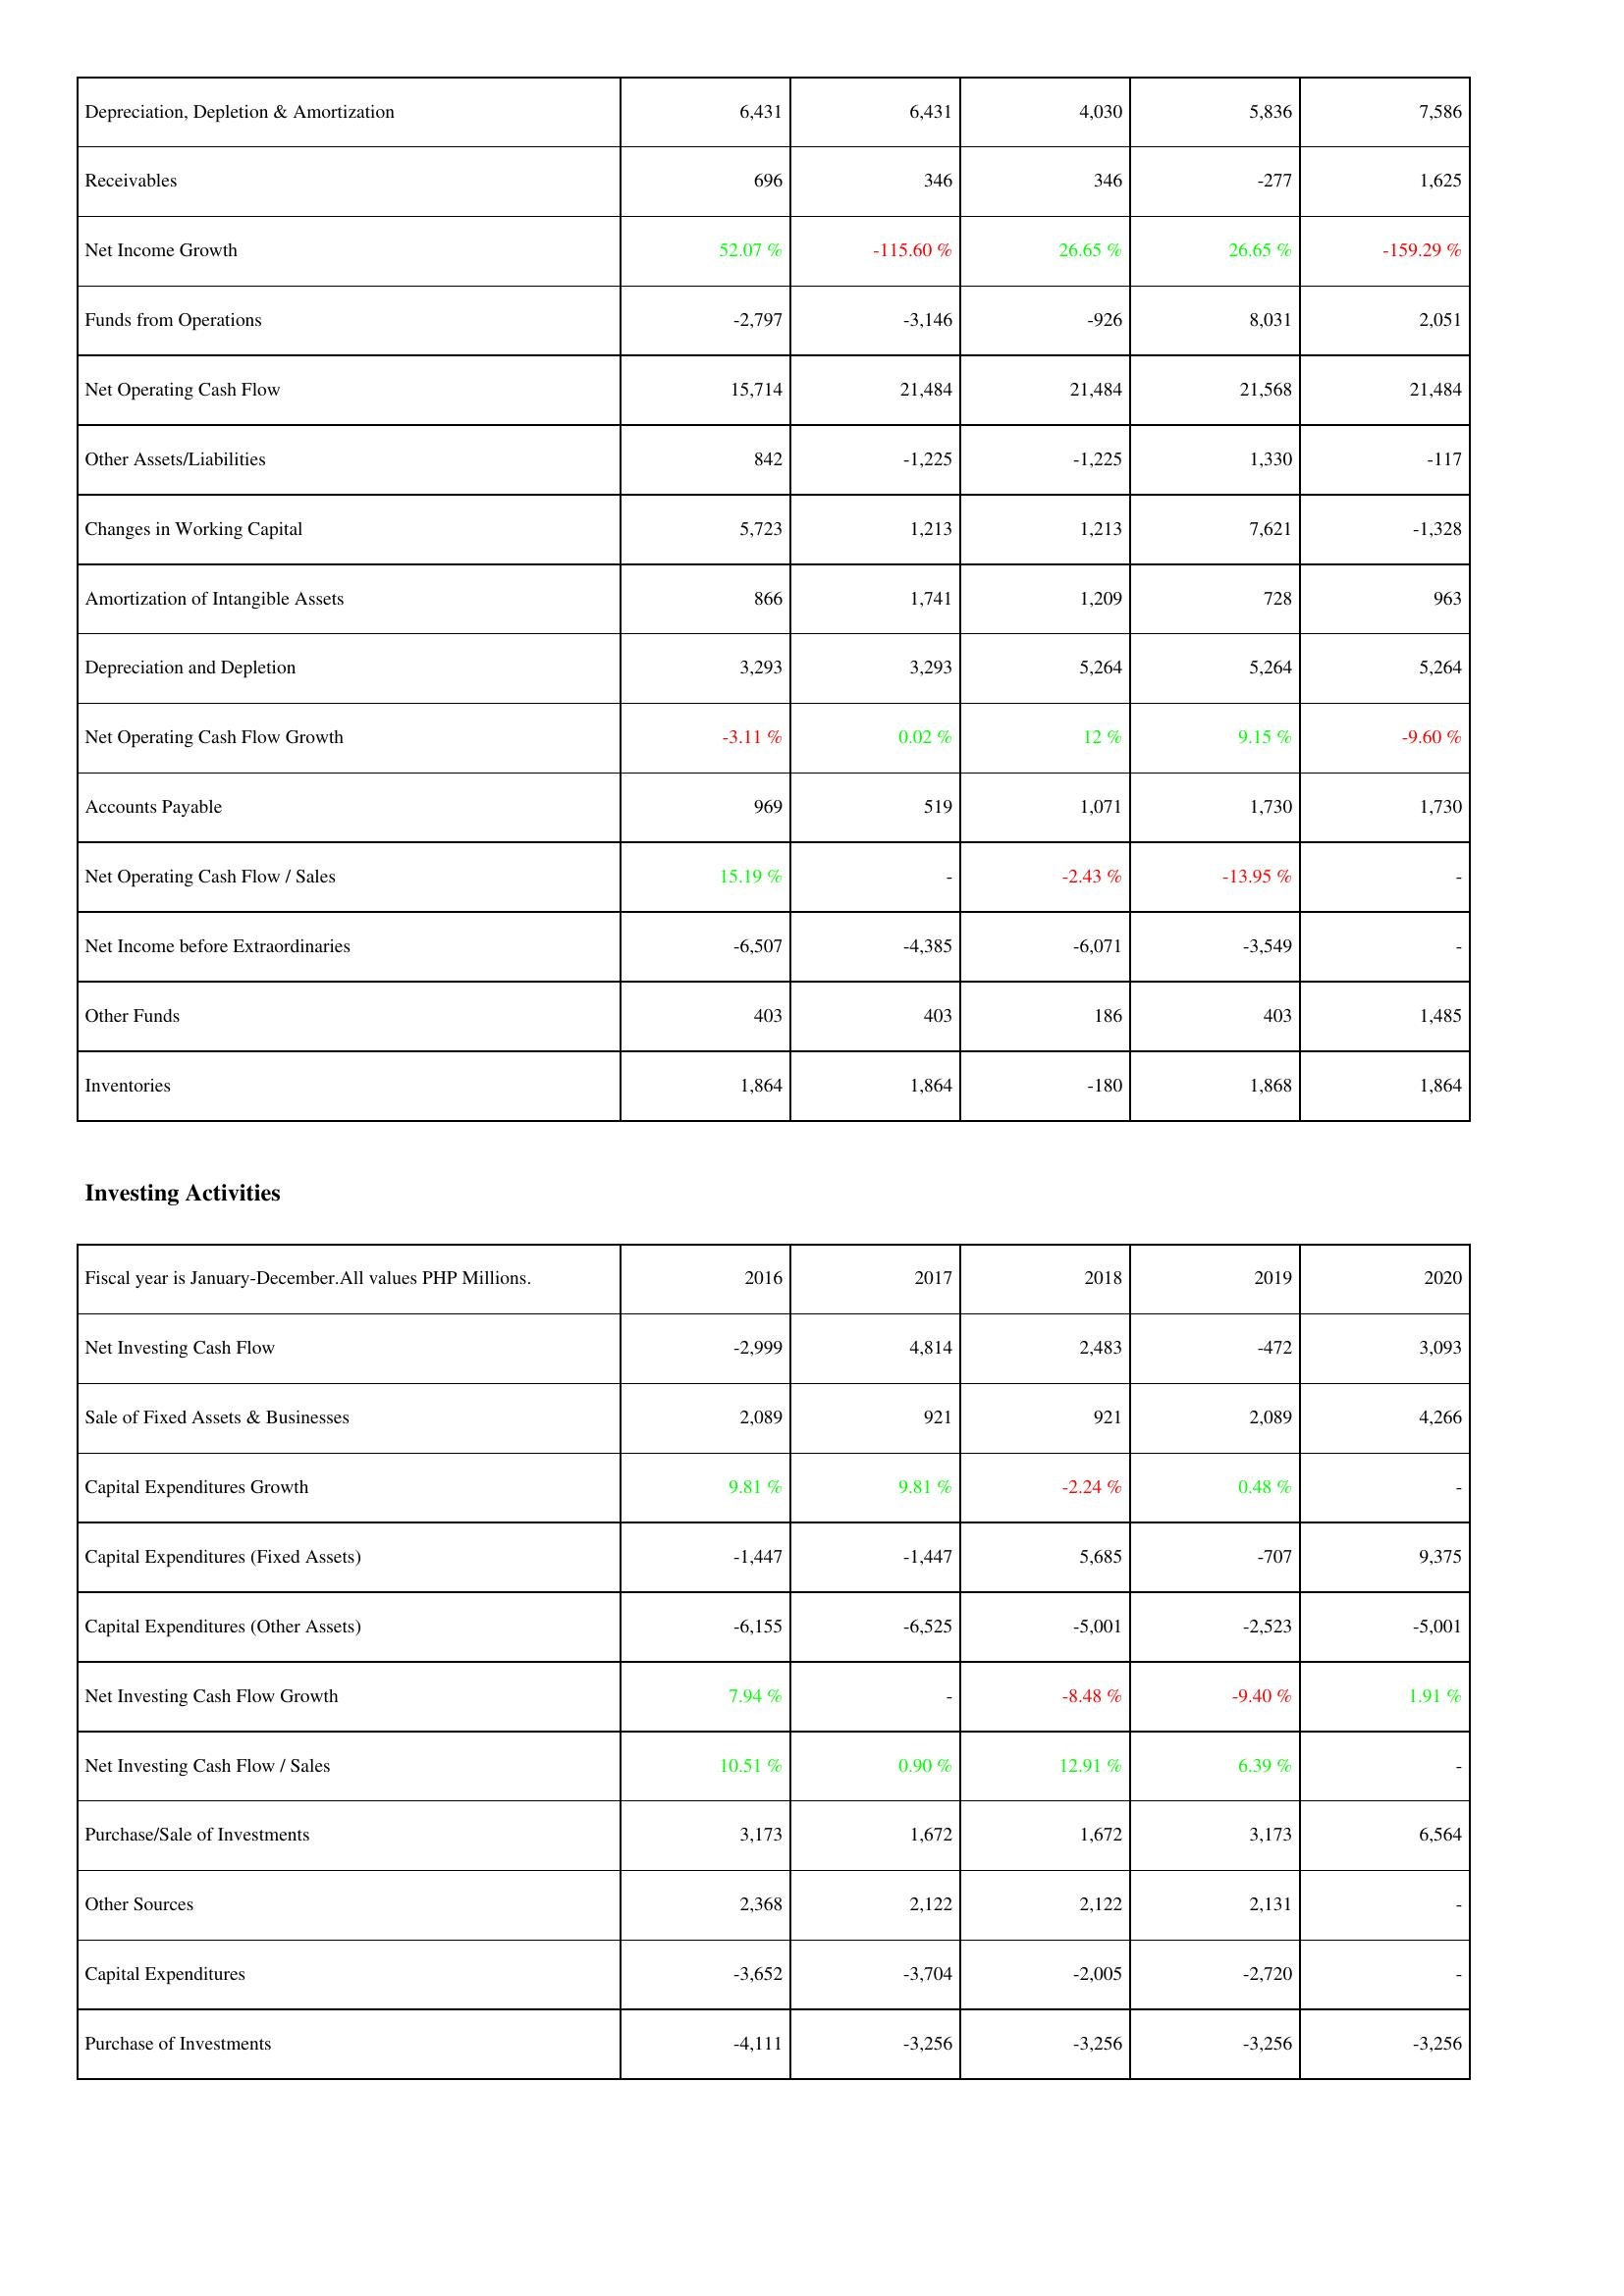
2016: Operating Activities: Depreciation, Depletion & Amortization: 6,431
Receivables: 696
Net Income Growth: 52.07 %
Funds from Operations: -2,797
Net Operating Cash Flow: 15,714
Other Assets/Liabilities: 842
Changes in Working Capital: 5,723
Amortization of Intangible Assets: 866
Depreciation and Depletion: 3,293
Net Operating Cash Flow Growth: -3.11 %
Accounts Payable: 969
Net Operating Cash Flow / Sales: 15.19 %
Net Income before Extraordinaries: -6,507
Other Funds: 403
Inventories: 1,864
Investing Activities: Net Investing Cash Flow: -2,999
Sale of Fixed Assets & Businesses: 2,089
Capital Expenditures Growth: 9.81 %
Capital Expenditures (Fixed Assets): -1,447
Capital Expenditures (Other Assets): -6,155
Net Investing Cash Flow Growth: 7.94 %
Net Investing Cash Flow / Sales: 10.51 %
Purchase/Sale of Investments: 3,173
Other Sources: 2,368
Capital Expenditures: -3,652
Purchase of Investments: -4,111
2017: Operating Activities: Depreciation, Depletion & Amortization: 6,431
Receivables: 346
Net Income Growth: -115.60 %
Funds from Operations: -3,146
Net Operating Cash Flow: 21,484
Other Assets/Liabilities: -1,225
Changes in Working Capital: 1,213
Amortization of Intangible Assets: 1,741
Depreciation and Depletion: 3,293
Net Operating Cash Flow Growth: 0.02 %
Accounts Payable: 519
Net Operating Cash Flow / Sales: -
Net Income before Extraordinaries: -4,385
Other Funds: 403
Inventories: 1,864
Investing Activities: Net Investing Cash Flow: 4,814
Sale of Fixed Assets & Businesses: 921
Capital Expenditures Growth: 9.81 %
Capital Expenditures (Fixed Assets): -1,447
Capital Expenditures (Other Assets): -6,525
Net Investing Cash Flow Growth: -
Net Investing Cash Flow / Sales: 0.90 %
Purchase/Sale of Investments: 1,672
Other Sources: 2,122
Capital Expenditures: -3,704
Purchase of Investments: -3,256
2018: Operating Activities: Depreciation, Depletion & Amortization: 4,030
Receivables: 346
Net Income Growth: 26.65 %
Funds from Operations: -926
Net Operating Cash Flow: 21,484
Other Assets/Liabilities: -1,225
Changes in Working Capital: 1,213
Amortization of Intangible Assets: 1,209
Depreciation and Depletion: 5,264
Net Operating Cash Flow Growth: 12 %
Accounts Payable: 1,071
Net Operating Cash Flow / Sales: -2.43 %
Net Income before Extraordinaries: -6,071
Other Funds: 186
Inventories: -180
Investing Activities: Net Investing Cash Flow: 2,483
Sale of Fixed Assets & Businesses: 921
Capital Expenditures Growth: -2.24 %
Capital Expenditures (Fixed Assets): 5,685
Capital Expenditures (Other Assets): -5,001
Net Investing Cash Flow Growth: -8.48 %
Net Investing Cash Flow / Sales: 12.91 %
Purchase/Sale of Investments: 1,672
Other Sources: 2,122
Capital Expenditures: -2,005
Purchase of Investments: -3,256
2019: Operating Activities: Depreciation, Depletion & Amortization: 5,836
Receivables: -277
Net Income Growth: 26.65 %
Funds from Operations: 8,031
Net Operating Cash Flow: 21,568
Other Assets/Liabilities: 1,330
Changes in Working Capital: 7,621
Amortization of Intangible Assets: 728
Depreciation and Depletion: 5,264
Net Operating Cash Flow Growth: 9.15 %
Accounts Payable: 1,730
Net Operating Cash Flow / Sales: -13.95 %
Net Income before Extraordinaries: -3,549
Other Funds: 403
Inventories: 1,868
Investing Activities: Net Investing Cash Flow: -472
Sale of Fixed Assets & Businesses: 2,089
Capital Expenditures Growth: 0.48 %
Capital Expenditures (Fixed Assets): -707
Capital Expenditures (Other Assets): -2,523
Net Investing Cash Flow Growth: -9.40 %
Net Investing Cash Flow / Sales: 6.39 %
Purchase/Sale of Investments: 3,173
Other Sources: 2,131
Capital Expenditures: -2,720
Purchase of Investments: -3,256
2020: Operating Activities: Depreciation, Depletion & Amortization: 7,586
Receivables: 1,625
Net Income Growth: -159.29 %
Funds from Operations: 2,051
Net Operating Cash Flow: 21,484
Other Assets/Liabilities: -117
Changes in Working Capital: -1,328
Amortization of Intangible Assets: 963
Depreciation and Depletion: 5,264
Net Operating Cash Flow Growth: -9.60 %
Accounts Payable: 1,730
Net Operating Cash Flow / Sales: -
Net Income before Extraordinaries: -
Other Funds: 1,485
Inventories: 1,864
Investing Activities: Net Investing Cash Flow: 3,093
Sale of Fixed Assets & Businesses: 4,266
Capital Expenditures Growth: -
Capital Expenditures (Fixed Assets): 9,375
Capital Expenditures (Other Assets): -5,001
Net Investing Cash Flow Growth: 1.91 %
Net Investing Cash Flow / Sales: -
Purchase/Sale of Investments: 6,564
Other Sources: -
Capital Expenditures: -
Purchase of Investments: -3,256